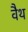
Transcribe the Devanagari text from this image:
वैथ